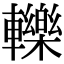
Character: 轢